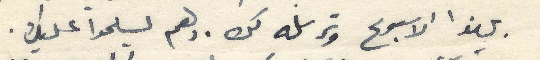
بهذا الاسبوع وترسله لك. ولعم يسلموا عليك.